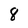
Character: 8